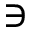
\ni